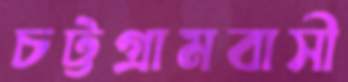
চট্টগ্রামবাসী